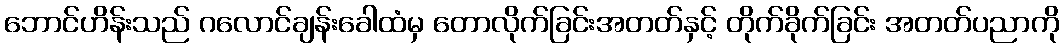
ဘောင်ဟိန်းသည် ဂလောင်ချန်းခေါထံမှ တောလိုက်ခြင်းအတတ်နှင့် တိုက်ခိုက်ခြင်း အတတ်ပညာကို